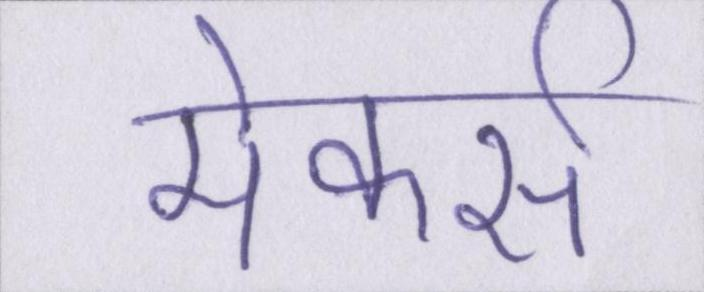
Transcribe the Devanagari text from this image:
मेकर्स